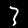
Digit: 3